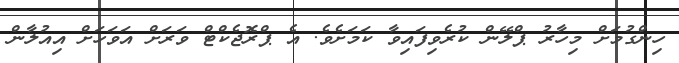
ހިންގުމަށް މިހާރު ޕްލޭން ކުރެވިފައިވާ ކަމަށެވެ. އެ ޕްރޮޖެކްޓް ވަރަށް އަވަހަށް އިއުލާން